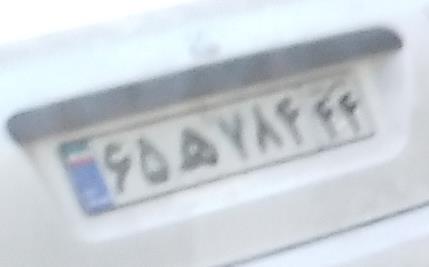
۶۵ه۷۸۴۴۴